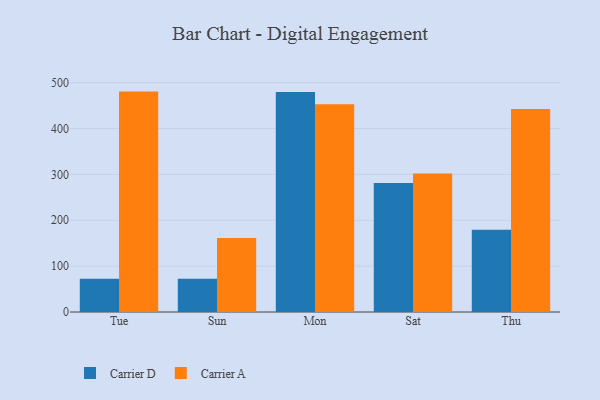
{"axis": {"x": "Day", "y": "Latency (ms)"}, "legend": ["Carrier A", "Carrier D"], "data": [{"x": "Tue", "y": 72.3, "type": "Carrier D"}, {"x": "Tue", "y": 480.6, "type": "Carrier A"}, {"x": "Sun", "y": 72.3, "type": "Carrier D"}, {"x": "Sun", "y": 161.5, "type": "Carrier A"}, {"x": "Mon", "y": 479.6, "type": "Carrier D"}, {"x": "Mon", "y": 453.2, "type": "Carrier A"}, {"x": "Sat", "y": 281.3, "type": "Carrier D"}, {"x": "Sat", "y": 301.8, "type": "Carrier A"}, {"x": "Thu", "y": 179.1, "type": "Carrier D"}, {"x": "Thu", "y": 442.5, "type": "Carrier A"}]}